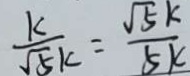
\frac { k } { \sqrt { 5 } k } = \frac { \sqrt { 5 } k } { 5 k }